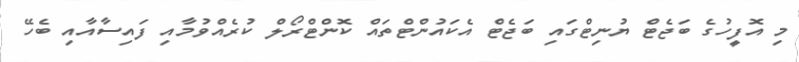
މި އޮފީހުގެ ބަޖެޓް ޔުނިޓްގައި ބަޖެޓް އެކައުންޓްތައް ކޮންޓްރޯލް ކުރެއްވުމާއި ފައިސާއާއި ބެހޭ